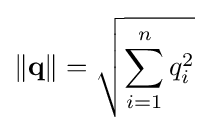
\left\|\mathbf {q} \right\|={\sqrt {\sum _{i=1}^{n}q_{i}^{2}}}